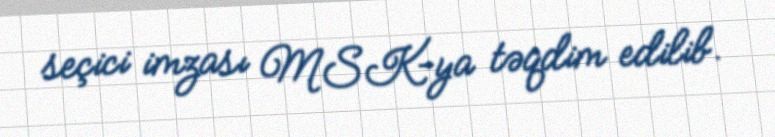
seçici imzası MSK-ya təqdim edilib.